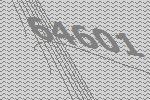
64601